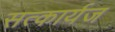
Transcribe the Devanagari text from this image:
सत्कार्यज